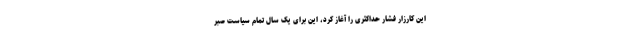
این کارزار فشار حداکثری را آغاز کرد، این برای یک سال تمام سیاست صبر